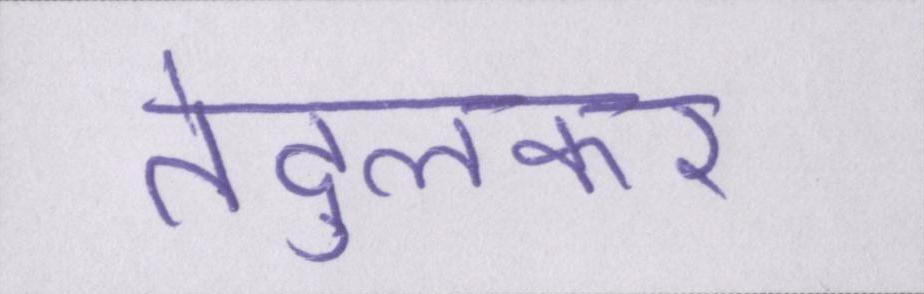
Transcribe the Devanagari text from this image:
तेंदुलकर